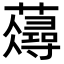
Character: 𧂗